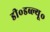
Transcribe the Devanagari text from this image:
डी॰डब्ल्यू॰